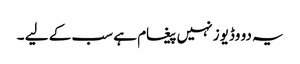
یہ دو وڈیوز نہیں پیغام ہے سب کے لیے ۔